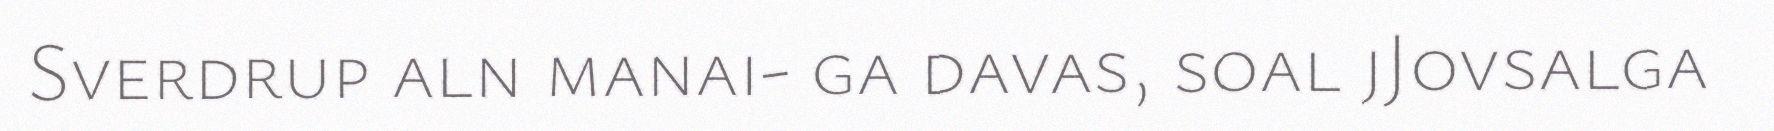
Sverdrup aln manai- ga davas, soal jJovsalga